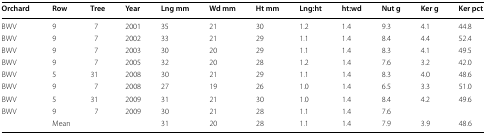
| Orchard | Row | Tree | Year | Lng mm | Wd mm | Ht mm | Lng:ht | ht:wd | Nut g | Ker g | Ker pct |
 | --- | --- | --- | --- | --- | --- | --- | --- | --- | --- | --- | --- |
 | BWV | 9 | 7 | 2001 | 35 | 21 | 30 | 1.2 | 1.4 | 9.3 | 4.1 | 44.8 |
 | BWV | 9 | 7 | 2002 | 33 | 21 | 29 | 1.1 | 1.4 | 8.4 | 4.4 | 52.4 |
 | BWV | 9 | 7 | 2003 | 30 | 20 | 29 | 1.1 | 1.4 | 8.3 | 4.1 | 49.5 |
 | BWV | 9 | 7 | 2005 | 32 | 20 | 28 | 1.2 | 1.4 | 7.6 | 3.2 | 42.0 |
 | BWV | 5 | 31 | 2008 | 30 | 21 | 29 | 1.1 | 1.4 | 8.3 | 4.0 | 48.6 |
 | BWV | 9 | 7 | 2008 | 27 | 19 | 26 | 1.0 | 1.4 | 6.5 | 3.3 | 51.0 |
 | BWV | 5 | 31 | 2009 | 31 | 21 | 30 | 1.0 | 1.4 | 8.4 | 4.2 | 49.6 |
 | BWV | 9 | 7 | 2009 | 30 | 21 | 28 | 1.1 | 1.4 | 7.6 |  |  |
 |  | Mean |  |  | 31 | 20 | 28 | 1.1 | 1.4 | 7.9 | 3.9 | 48.6 |